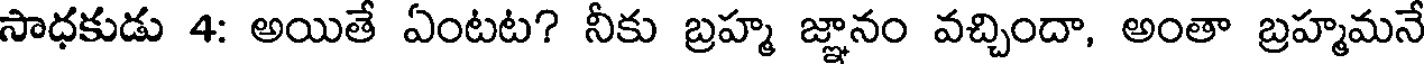
సాధకుడు 4: అయితే ఏంటట? నీకు బ్రహ్మ జ్ఞానం వచ్చిందా, అంతా బ్రహ్మమనే